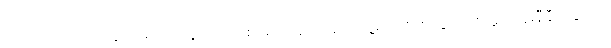
ကတုတ်ကျင်းထဲတွင် ရောက်နေသည့် မစ်ရှောသည်လည်း သူ့မျက်စိထဲတွင် ဇော်မွှားပန်းနီနီတပွင့်ကို